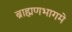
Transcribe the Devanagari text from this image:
ब्राह्मणभागमे